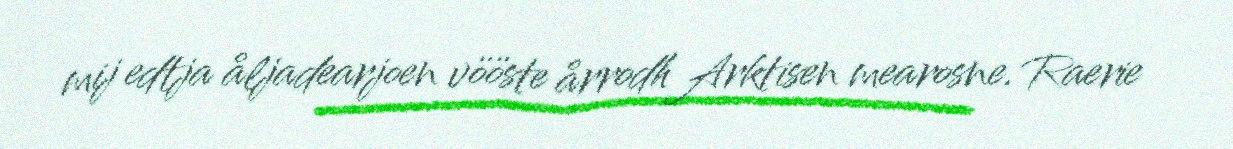
mij edtja åljadearjoen vööste årrodh Arktisen mearosne. Raerie